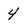
Character: 4